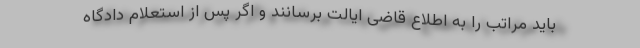
باید مراتب را به اطلاع قاضی ایالت برسانند و اگر پس از استعلام دادگاه